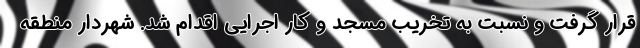
قرار گرفت و نسبت به تخریب مسجد و کار اجرایی اقدام شد. شهردار منطقه